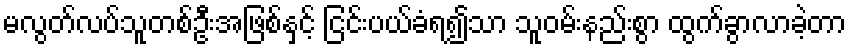
မလွတ်လပ်သူတစ်ဦးအဖြစ်နှင့် ငြင်းပယ်ခံရ၍သာ သူဝမ်းနည်းစွာ ထွက်ခွာလာခဲ့တာ